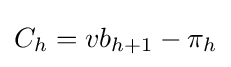
C_{h}=vb_{h+1}-\pi _{h}